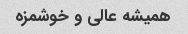
همیشه عالی و خوشمزه